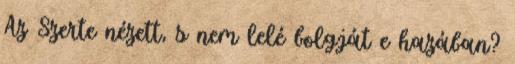
Az Szerte nézett, s nem lelé bolgját e hazában?